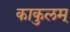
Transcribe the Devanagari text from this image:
काकुलम्